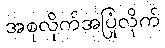
အစုလိုက်အပြုံလိုက်